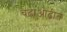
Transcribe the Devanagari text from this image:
चढाओढीत